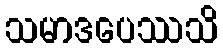
သမာဒပေဿသိ